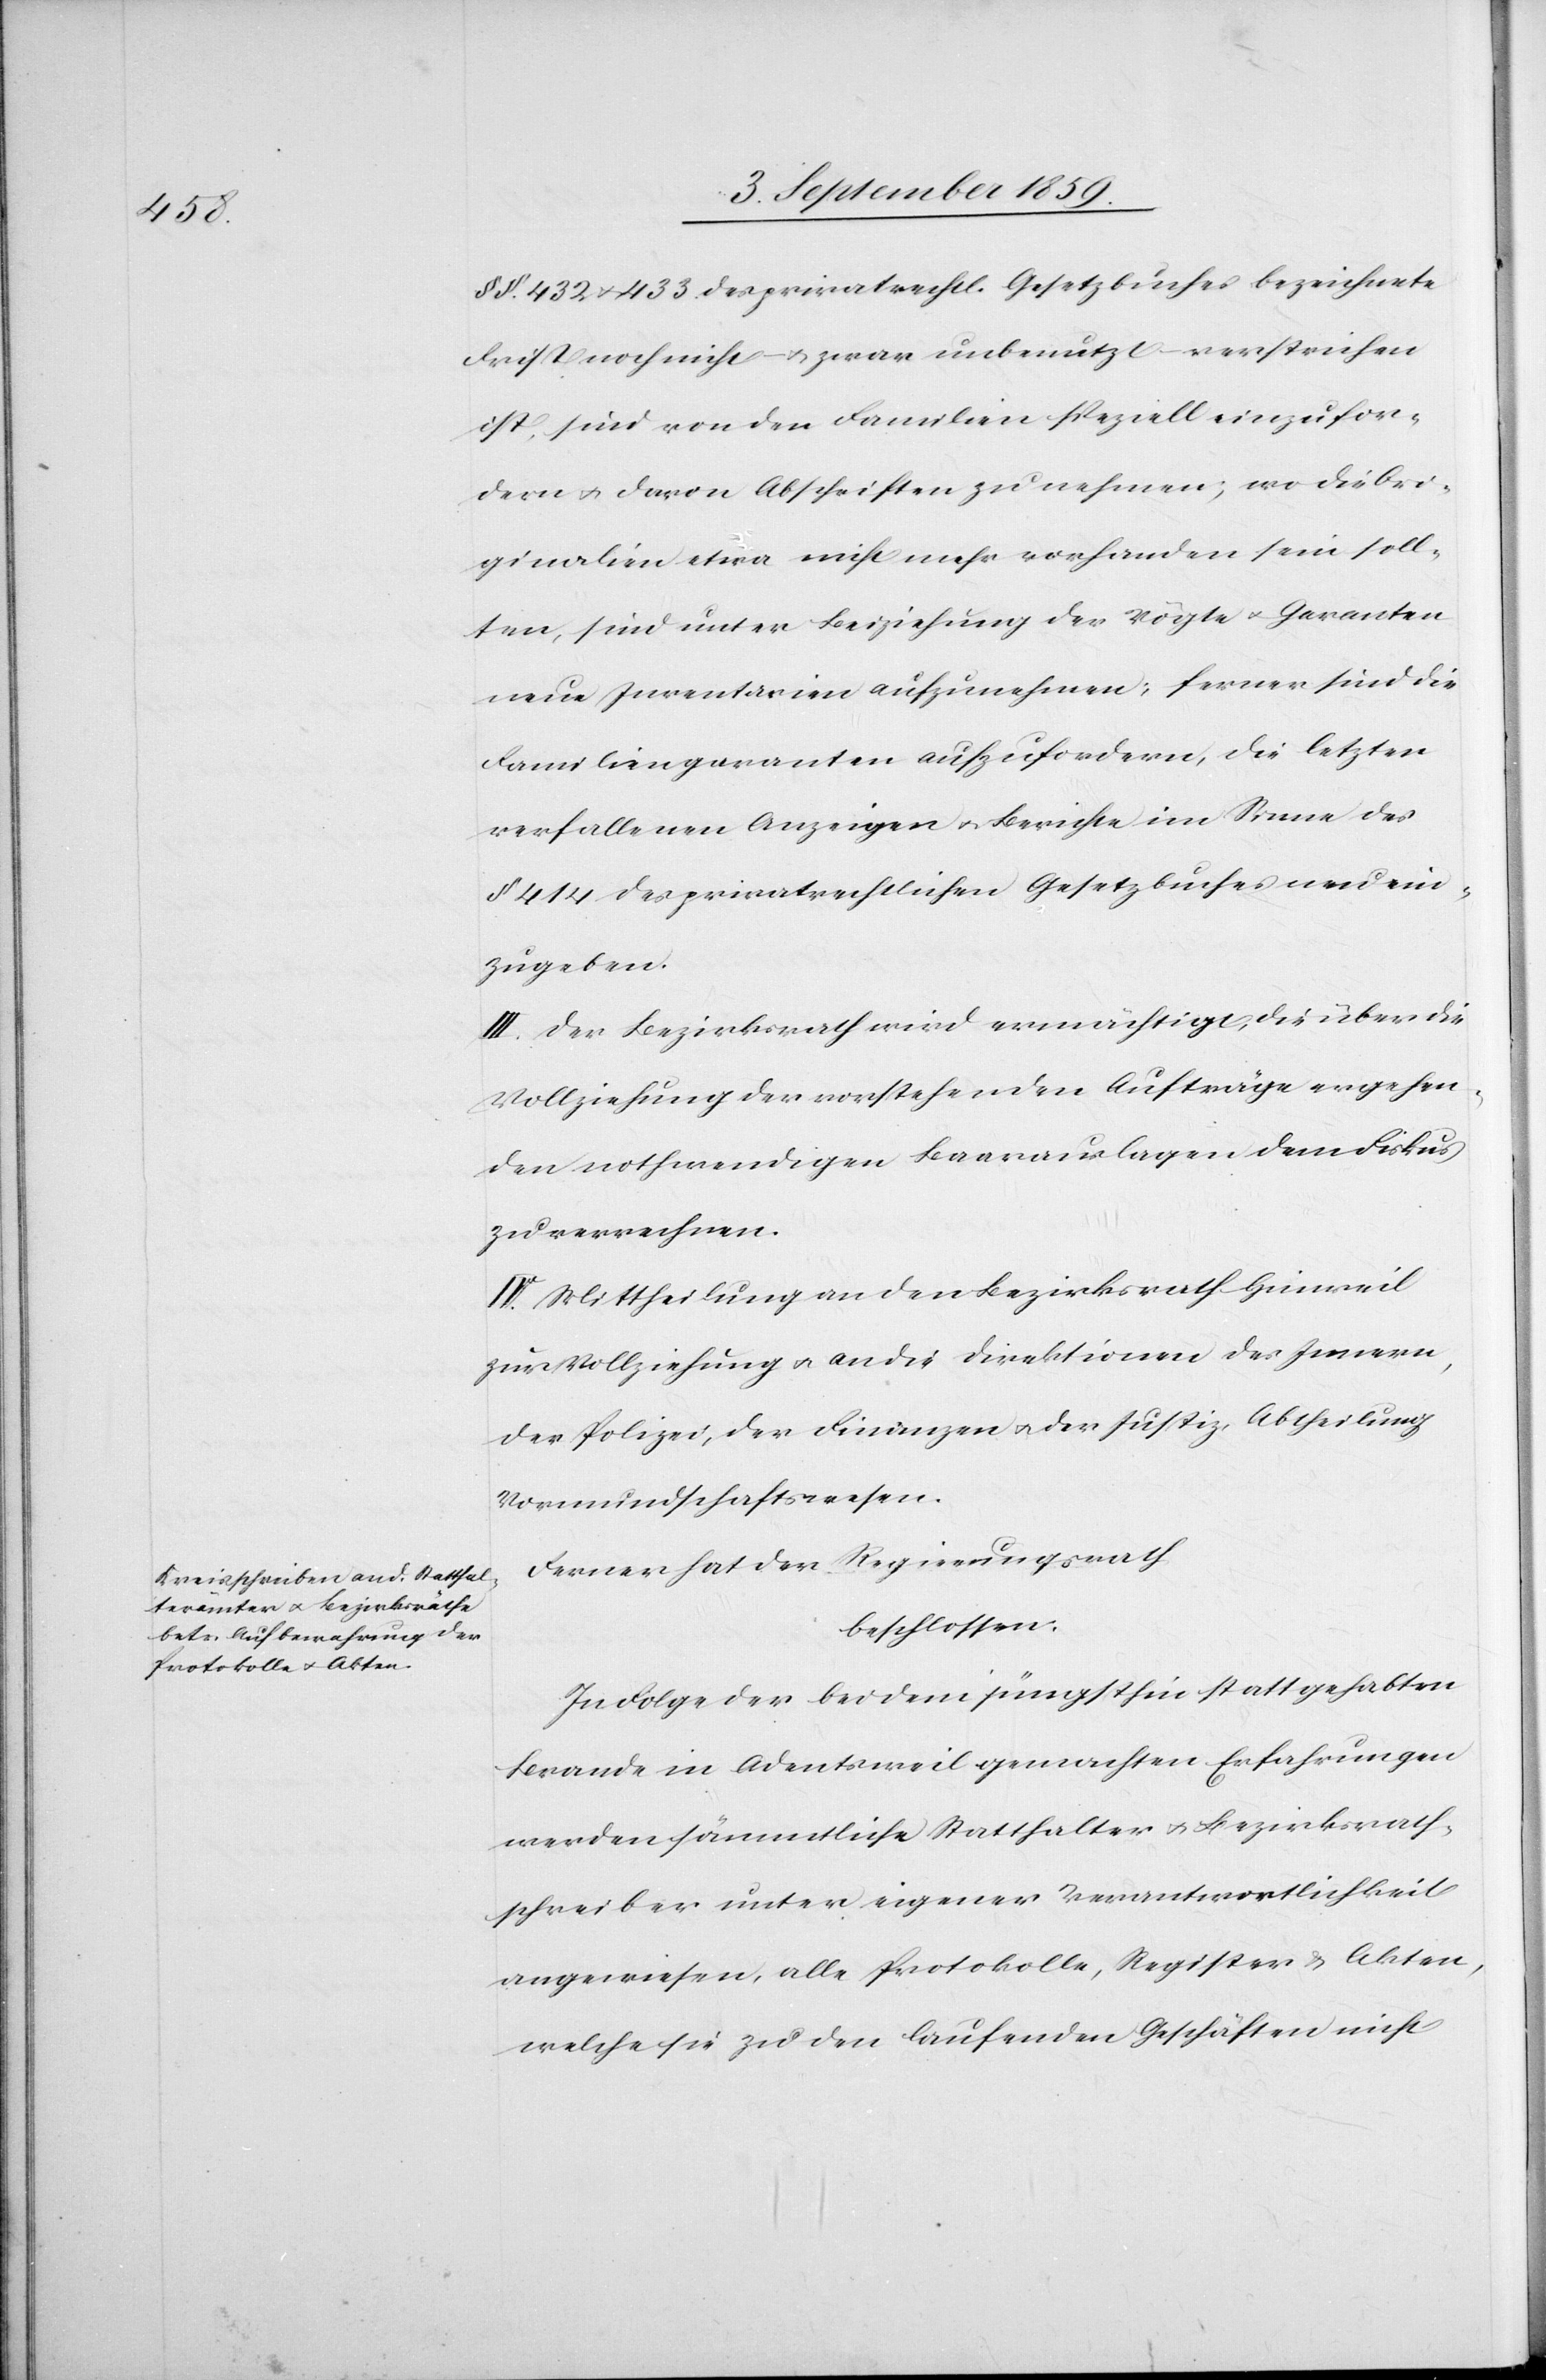
§§. 432 & 433 des privatrechtl. Gesetzbuches bezeichnete
Frist noch nicht & zwar unbenutzt verstrichen
ist, sind von den Familien speziell einzufor¬
dern & davon Abschriften zu nehmen; wo die Ori¬
ginalien etwa nicht mehr vorhanden sein soll¬
ten, sind unter Beiziehung der Vögte & Garanten
neue Inventarien aufzunehmen; ferner sind die
Familiengaranten aufzufordern, die letzten
verfallenen Anzeigen & Berichte im Sinne des
§ 414 des privatrechtlichen Gesetzbuches neu ein¬
zugeben.
III. Der Bezirksrath wird ermächtigt, die über die
Vollziehung der vorstehenden Aufträge ergehen¬
den nothwendigen Baarauslagen dem Fiskus
zu verrechnen.
IV. Mittheilung an den Bezirksrath Hinweil
zur Vollziehung & an die Direktion des Innern,
der Polizei, der Finanzen & der Justiz, Abtheilung
Vormundschaftswesen.
Ferner hat der Regierungsrath
beschlossen:
In Folge der bei dem jüngsthin stattgehabten
Brande in Adentsweil gemachten Erfahrungen
werden sämmtliche Statthalter & Bezirksrath¬
schreiber unter eigener Verantwortlichkeit
angewiesen, alle Protokolle, Register & Akten,
welche sie zu den laufenden Geschäften nicht